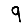
Digit: 9